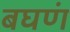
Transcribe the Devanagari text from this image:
बघणं